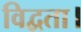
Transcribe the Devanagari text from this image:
विद्वता।